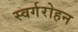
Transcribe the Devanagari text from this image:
स्वर्गरोहन